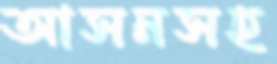
আসনসহ